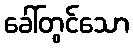
ခေါ်တွင်သော